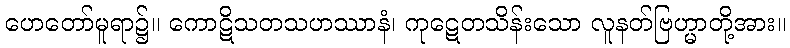
ဟေတော်မူရာ၌။ ကောဋိသတသဟဿာနံ၊ ကုဋေတသိန်းသော လူနတ်ဗြဟ္မာတို့အား။